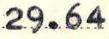
29.64